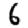
Digit: 6